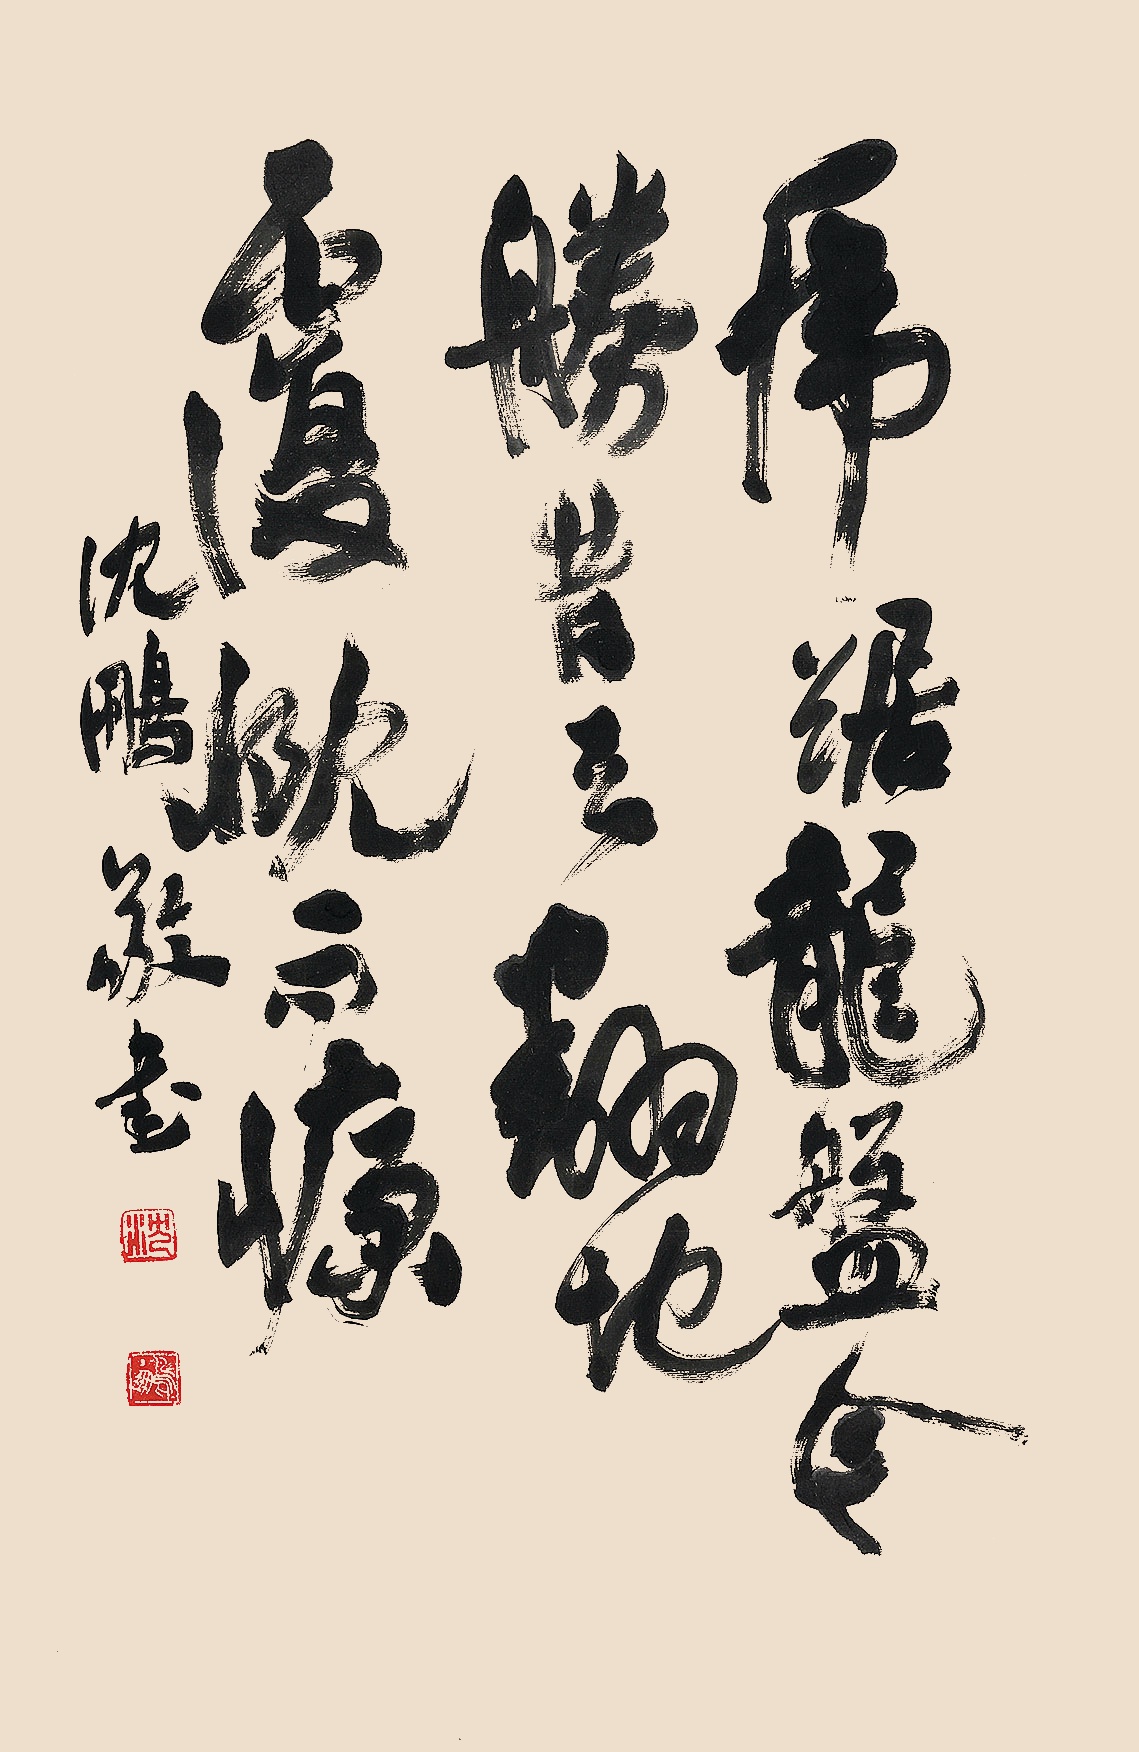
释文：虎踞龙盘今胜昔，天翻地覆慨而慷。沈鹏敬书。